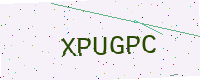
Text: XPUGPC